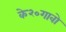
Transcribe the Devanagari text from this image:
के२०गावो